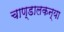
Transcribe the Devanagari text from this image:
चाण्डालकन्या